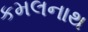
કમલનાથ